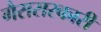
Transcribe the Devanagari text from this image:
गैससरकारी